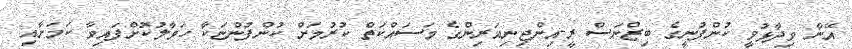
އޭނާ ވިދާޅުވީ ކުންފުނީގެ ބިޒްނަސް ރީ-އިންޖިނިއަރިންގެ މަސައްކަތް ކުރުމަށް ކުންފުންޏަކާ ހަވާލުކޮށްފައިވާ ކަމަށާއި